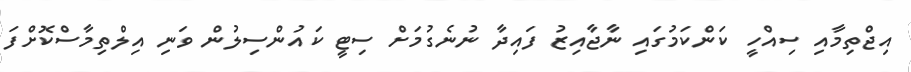
އިޖްތިމާއި ސިއްހީ ކަންކަމުގައި ނާޖާއިޒު ފައިދާ ނުނެގުމަށް ސިޓީ ކައުންސިލުން ވަނި އިލްތިމާސްކޮށްފަ